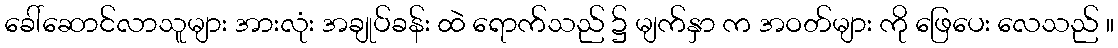
ခေါ်ဆောင်လာသူများ အားလုံး အချုပ်ခန်း ထဲ ရောက်သည် ၌ မျက်နှာ က အဝတ်များ ကို ဖြေပေး လေသည် ။